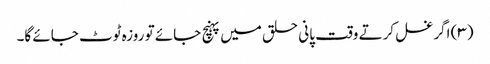
(۳) اگر غسل کرتے وقت پانی حلق میں پہنچ جائے تو روزہ ٹوٹ جائے گا۔